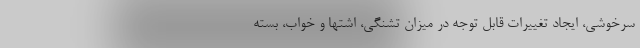
سرخوشی، ایجاد تغییرات قابل توجه در میزان تشنگی، اشتها و خواب، بسته